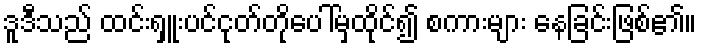
ဒူဒီသည် ထင်းရှူးပင်ငုတ်တိုပေါ်မှထိုင်၍ စကားများ နေခြင်းဖြစ်၏။